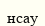
нсау